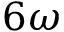
6 \omega